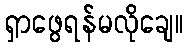
ရှာဖွေရန်မလိုချေ။